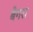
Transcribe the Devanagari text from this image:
बैगरा